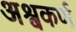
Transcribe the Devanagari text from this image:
अश्वकर्ण